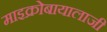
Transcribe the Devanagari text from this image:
माइक्रोबायालाजी